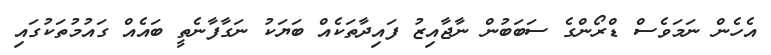
އެހެން ނަމަވެސް ޑްރޯންގެ ސަބަބުން ނާޖާއިޒު ފައިދާތަކެއް ބަޔަކު ނަގާފާނެތީ ބައެއް ގައުމުތަކުގައި